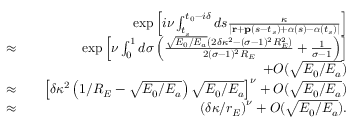
\begin{array} { r l r } & { } & { \exp \left[ i \nu \int _ { t _ { s } } ^ { t _ { 0 } - i \delta } d s \frac { \kappa } { | \mathbf { r } + \mathbf { p } ( s - t _ { s } ) + \boldsymbol { \alpha } ( s ) - \boldsymbol { \alpha } ( t _ { s } ) | } \right] } \\ { \approx } & { } & { \exp \left[ \nu \int _ { 0 } ^ { 1 } d \sigma \left( \frac { \sqrt { E _ { 0 } / E _ { a } } \left( 2 \delta \kappa ^ { 2 } - ( \sigma - 1 ) ^ { 2 } R _ { E } ^ { 2 } \right) } { 2 ( \sigma - 1 ) ^ { 2 } R _ { E } } + \frac { 1 } { \sigma - 1 } \right) \right] } \\ & { } & { + { \cal O } ( \sqrt { E _ { 0 } / E _ { a } } ) } \\ { \approx } & { } & { \left[ \delta \kappa ^ { 2 } \left( 1 / R _ { E } - \sqrt { E _ { 0 } / E _ { a } } \right) \sqrt { E _ { 0 } / E _ { a } } \right] ^ { \nu } + { \cal O } ( \sqrt { E _ { 0 } / E _ { a } } ) } \\ { \approx } & { } & { \left( \delta \kappa / r _ { E } \right) ^ { \nu } + { \cal O } ( \sqrt { E _ { 0 } / E _ { a } } ) . } \end{array}